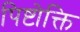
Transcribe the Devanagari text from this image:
पिष्टोक्ति